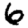
Digit: 6